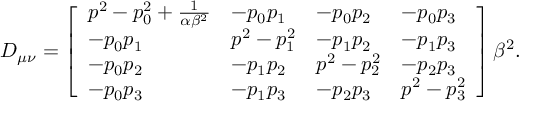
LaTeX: D _ { \mu \nu } = \left[ \begin{array} { l l l l } { { p ^ { 2 } - p _ { 0 } ^ { 2 } + \frac { 1 } { \alpha \beta ^ { 2 } } } } & { { - p _ { 0 } p _ { 1 } } } & { { - p _ { 0 } p _ { 2 } } } & { { - p _ { 0 } p _ { 3 } } } \\ { { - p _ { 0 } p _ { 1 } } } & { { p ^ { 2 } - p _ { 1 } ^ { 2 } } } & { { - p _ { 1 } p _ { 2 } } } & { { - p _ { 1 } p _ { 3 } } } \\ { { - p _ { 0 } p _ { 2 } } } & { { - p _ { 1 } p _ { 2 } } } & { { p ^ { 2 } - p _ { 2 } ^ { 2 } } } & { { - p _ { 2 } p _ { 3 } } } \\ { { - p _ { 0 } p _ { 3 } } } & { { - p _ { 1 } p _ { 3 } } } & { { - p _ { 2 } p _ { 3 } } } & { { p ^ { 2 } - p _ { 3 } ^ { 2 } } } \end{array} \right] \beta ^ { 2 } .